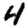
Digit: 4